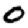
Digit: 0